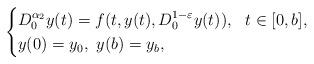
LaTeX: \begin{align*}\begin{cases}D^{\alpha_2}_0y(t) = f(t,y(t), D^{1-\varepsilon}_0y(t)), ~~t\in[0,b],\\y(0)=y_0, \ y(b)=y_b,\end{cases}\end{align*}